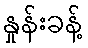
နှုန်းခန့်